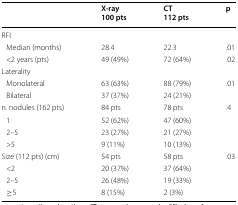
|  | X-ray100 pts | CT112 pts | p |
 | --- | --- | --- | --- |
 | <COLSPAN=4> RFI |
 | Median (months) | 28.4 | 22.3 | .01 |
 | <2 years (pts) | 49 (49%) | 72 (64%) | .02 |
 | <COLSPAN=4> Laterality |
 | Monolateral | 63 (63%) | 88 (79%) | <ROWSPAN=2> .01 |
 | Bilateral | 37 (37%) | 24 (21%) |
 | n. nodules (162 pts) | 84 pts | 78 pts | <ROWSPAN=4> .4 |
 | 1 | 52 (62%) | 47 (60%) |
 | 2–5 | 23 (27%) | 21 (27%) |
 | >5 | 9 (11%) | 10 (13%) |
 | Size (112 pts) (cm) | 54 pts | 58 pts | <ROWSPAN=4> .03 |
 | <2 | 20 (37%) | 37 (64%) |
 | 2–5 | 26 (48%) | 19 (33%) |
 | ≥5 | 8 (15%) | 2 (3%) |